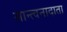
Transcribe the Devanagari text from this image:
सान्त्वनादाता